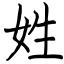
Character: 姓